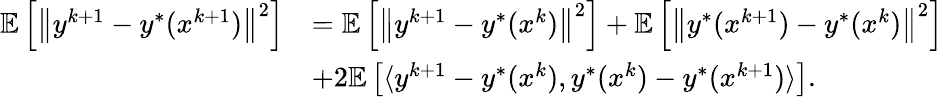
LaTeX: \begin{array}{rl}{\mathbb{E}\left[\left\| y^{k+1}-y^{*}(x^{k+1})\right\| ^{2}\right]}&{=\mathbb{E}\left[\left\| y^{k+1}-y^{*}(x^{k})\right\| ^{2}\right]+\mathbb{E}\left[\left\| y^{*}(x^{k+1})-y^{*}(x^{k})\right\| ^{2}\right]}\\ &{+2\mathbb{E}\left[\langle y^{k+1}-y^{*}(x^{k}),y^{*}(x^{k})-y^{*}(x^{k+1})\rangle\right].}\end{array}